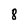
Character: 8